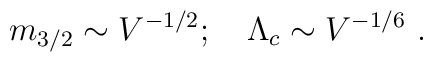
m_{3/2}\sim V^{-1/2}; \quad \Lambda_c\sim V^{-1/6}\ .